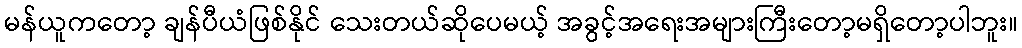
မန်ယူကတော့ ချန်ပီယံဖြစ်နိုင် သေးတယ်ဆိုပေမယ့် အခွင့်အရေးအများကြီးတော့မရှိတော့ပါဘူး။